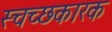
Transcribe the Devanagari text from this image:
स्चच्छकारक